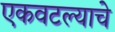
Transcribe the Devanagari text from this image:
एकवटल्याचे